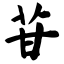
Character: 苷